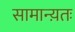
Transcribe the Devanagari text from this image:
सामान्य़तः